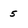
Character: 5